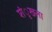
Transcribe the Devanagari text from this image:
शंृखला